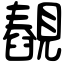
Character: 䚎